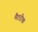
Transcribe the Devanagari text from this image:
मैटरीक